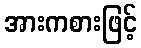
အားကစားဖြင့်